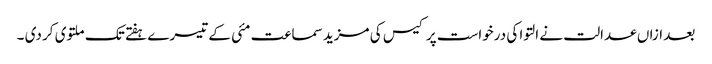
بعد ازاں عدالت نے التوا کی درخواست پر کیس کی مزید سماعت مئی کے تیسرے ہفتے تک ملتوی کر دی ۔